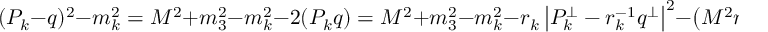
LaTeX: ( P _ { k } - q ) ^ { 2 } - m _ { k } ^ { 2 } = M ^ { 2 } + m _ { 3 } ^ { 2 } - m _ { k } ^ { 2 } - 2 ( P _ { k } q ) = M ^ { 2 } + m _ { 3 } ^ { 2 } - m _ { k } ^ { 2 } - r _ { k } \left| P _ { k } ^ { \perp } - r _ { k } ^ { - 1 } q ^ { \perp } \right| ^ { 2 } - \left( M ^ { 2 } r _ { k } + m _ { 3 } ^ { 2 } r _ { k } ^ { - 1 } \right) \, .